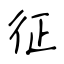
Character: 征